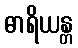
ဓာရိယန္တ